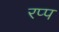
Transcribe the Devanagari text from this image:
रप्प